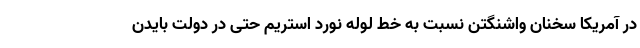
در آمریکا سخنان واشنگتن نسبت به خط لوله نورد استریم حتی در دولت بایدن